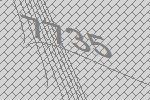
7735